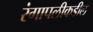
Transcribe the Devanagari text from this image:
रंगापलीकडील